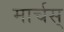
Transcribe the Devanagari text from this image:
मार्चस्